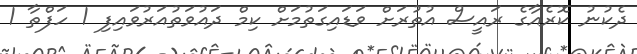
ދެކުނު ކޮރެއާގެ ރައީސް އުތުރަށް ވަޑައިގަތުމަށް ކިމް ދައުވަތުއަރުވައިފި 1 ހަފްތާ 1